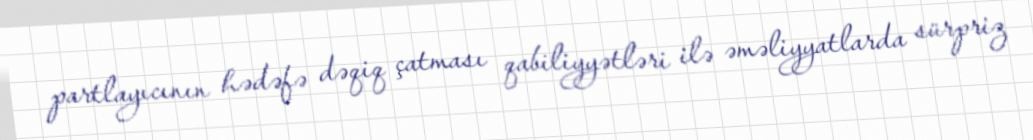
partlayıcının hədəfə dəqiq çatması qabiliyyətləri ilə əməliyyatlarda sürpriz